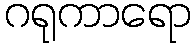
ဂရုကာရော